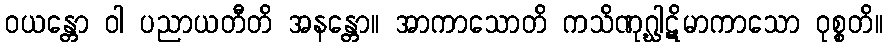
ဝယန္တော ဝါ ပညာယတီတိ အနန္တော။ အာကာသောတိ ကသိဏုဂ္ဃါဋိမာကာသော ဝုစ္စတိ။